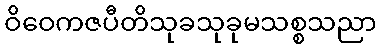
ဝိဝေကဇပီတိသုခသုခုမသစ္စသညာ